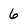
Character: 6